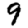
Digit: 9